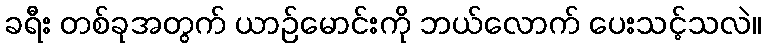
ခရီး တစ်ခုအတွက် ယာဉ်မောင်းကို ဘယ်လောက် ပေးသင့်သလဲ။